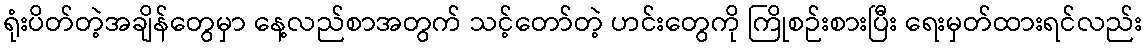
ရုံးပိတ်တဲ့အချိန်တွေမှာ နေ့လည်စာအတွက် သင့်တော်တဲ့ ဟင်းတွေကို ကြိုစဉ်းစားပြီး ရေးမှတ်ထားရင်လည်း